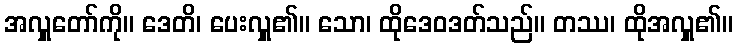
အလှူတော်ကို။ ဒေတိ၊ ပေးလှူ၏။ သော၊ ထိုဒေဝဒတ်သည်။ တဿ၊ ထိုအလှူ၏။